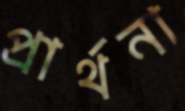
প্রার্থনা